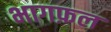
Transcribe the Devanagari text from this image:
भागफ़ल